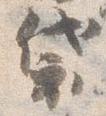
袋